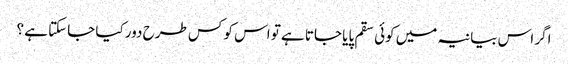
اگر اس بیانیہ میں کوئی سقم پایا جاتا ہے تو اس کو کس طرح دور کیا جاسکتا ہے ؟